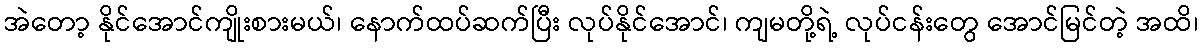
အဲတော့ နိုင်အောင်ကျိုးစားမယ်၊ နောက်ထပ်ဆက်ပြီး လုပ်နိုင်အောင်၊ ကျမတို့ရဲ့ လုပ်ငန်းတွေ အောင်မြင်တဲ့ အထိ၊